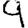
Digit: 9